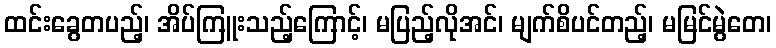
ထင်းခွေတပည့်၊ အိပ်ကြူးသည့်ကြောင့်၊ မပြည့်လိုအင်၊ မျက်စိပင်တည့်၊ မမြင်မွဲတေ၊